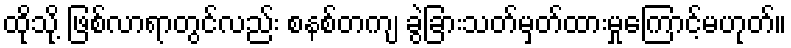
ထိုသို့ ဖြစ်လာရာတွင်လည်း စနစ်တကျ ခွဲခြားသတ်မှတ်ထားမှုကြောင့်မဟုတ်။